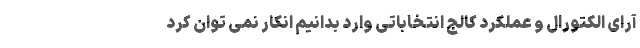
آرای الکتورال و عملکرد کالج انتخاباتی وارد بدانیم انکار نمی توان کرد